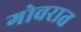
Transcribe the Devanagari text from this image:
गोवरात